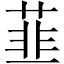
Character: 韮